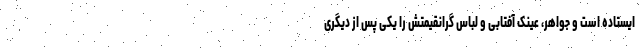
ایستاده است و جواهر، عینک آفتابی و لباس گرانقیمتش را یکی پس از دیگری